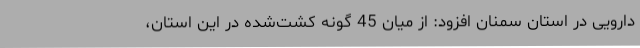
دارویی در استان سمنان افزود: از میان 45 گونه کشت‌شده در این استان،